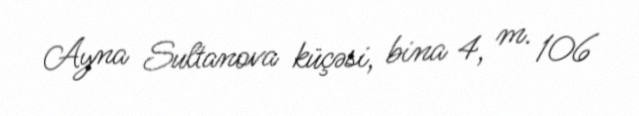
Ayna Sultanova küçəsi, bina 4, m. 106